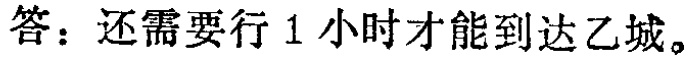
答：还需要行 1 小时才能到达乙城。